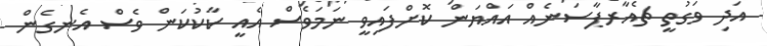
އަދި ވަގުތީ ޗެއާރޕާސަނެއް އައްޔަން ކޮށްފައިވީ ނަމަވެސް އެއީ ކާކުކަން ވެސް އެނގެން